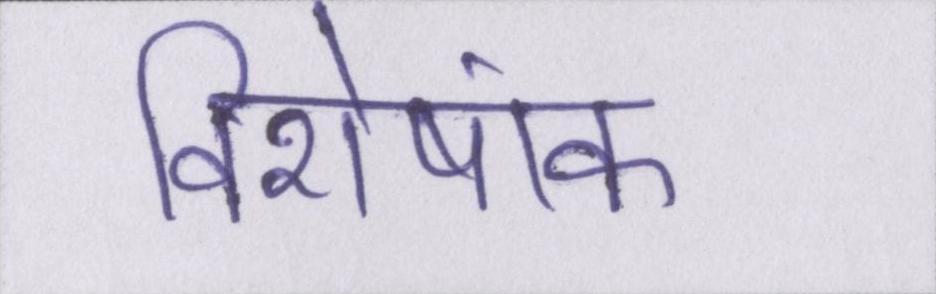
विशेषांक